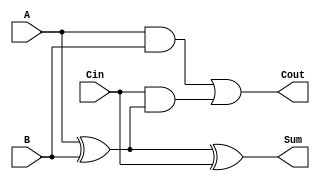
module TreeStructuredFullAdder (
    input wire A,      // First binary input
    input wire B,      // Second binary input
    input wire Cin,    // Carry-in input
    output wire Sum,   // Sum output
    output wire Cout   // Carry-out output
);

// Intermediate signals
wire AxorB;         // Intermediate result of A XOR B
wire AandB;         // Intermediate result of A AND B
wire CinAndAxorB;   // Intermediate result of Cin AND (A XOR B)

// Layer 1: Calculate A XOR B
assign AxorB = A ^ B; // Sum calculation part 1

// Layer 2: Calculate Sum
assign Sum = AxorB ^ Cin; // Final Sum calculation

// Layer 3: Calculate Carry-out
assign AandB = A & B; // AND gate for A and B
assign CinAndAxorB = Cin & AxorB; // AND gate for Cin and (A XOR B)

// Final Carry-out calculation
assign Cout = AandB | CinAndAxorB; // OR gate for Carry-out

endmodule